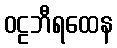
ဝဠဘီရထေန